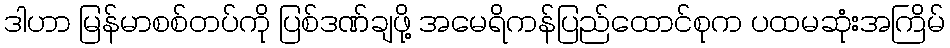
ဒါဟာ မြန်မာစစ်တပ်ကို ပြစ်ဒဏ်ချဖို့ အမေရိကန်ပြည်ထောင်စုက ပထမဆုံးအကြိမ်